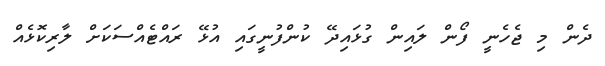
ދެން މި ޖެހެނީ ފޯން ލައިން ގުޅައިދޭ ކުންފުނީގައި އުޅޭ ރައްޓެއްސަކަށް ލާރިކޮޅެއް